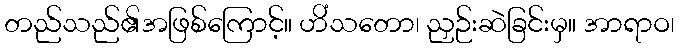
တည်သည်၏အဖြစ်ကြောင့်။ ဟိံသတော၊ ညှဉ်းဆဲခြင်းမှ။ အာရာဝ၊